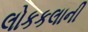
લોકકલાની